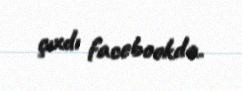
çıxdı facebookda.